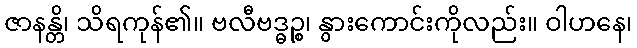
ဇာနန္တိ၊ သိရကုန်၏။ ဗလီဗဒ္ဓဉ္စ၊ နွားကောင်းကိုလည်း။ ဝါဟနေ၊